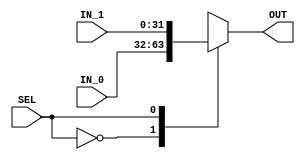
module mux2_1(IN_0, IN_1, SEL, OUT);

input SEL;
input [n-1:0] IN_0, IN_1;
output reg [n-1:0] OUT;

parameter n = 32;

    always@(IN_0, IN_1) 
      begin
        case(SEL)
        1'b0: OUT = IN_0;
        1'b1: OUT = IN_1;
        default : OUT = IN_0;
        endcase
      end  
  
  endmodule